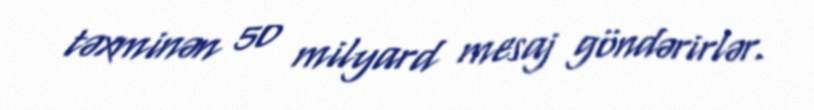
təxminən 50 milyard mesaj göndərirlər.